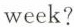
week?